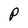
Character: P